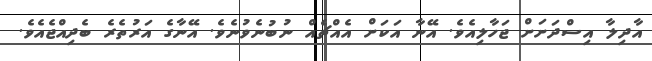
އާދިލާ އިސްދަށަށް ޖަހާލިއެވެ. އޭނާ އަކަށް އެއްޗެއް ނުބުނެވުނެވެ. އޭނާގެ އަރުތެރެ ބެދިއްޖެއެވެ.